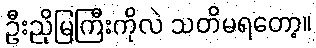
ဦးညိုမြကြီးကိုလဲ သတိမရတော့။